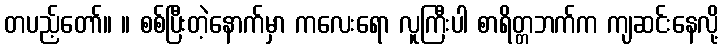
တပည့်တော်။ ။ စစ်ပြီးတဲ့နောက်မှာ ကလေးရော လူကြီးပါ စာရိတ္တဘက်က ကျဆင်းနေလို့